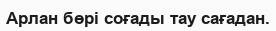
Арлан бөрі соғады тау сағадан.